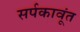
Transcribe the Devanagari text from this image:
सर्पकावूंत